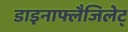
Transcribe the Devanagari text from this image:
डाइनाफ्लैजिलेट्